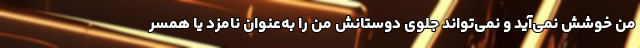
من خوشش نمی‌آید و نمی‌تواند جلوی دوستانش من را به‌عنوان نامزد یا همسر